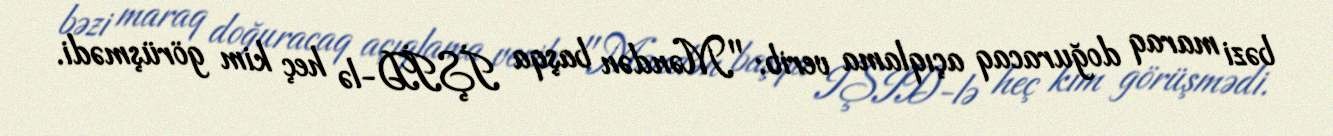
bəzi maraq doğuracaq açıqlama verib: "Məndən başqa İŞİD-lə heç kim görüşmədi.